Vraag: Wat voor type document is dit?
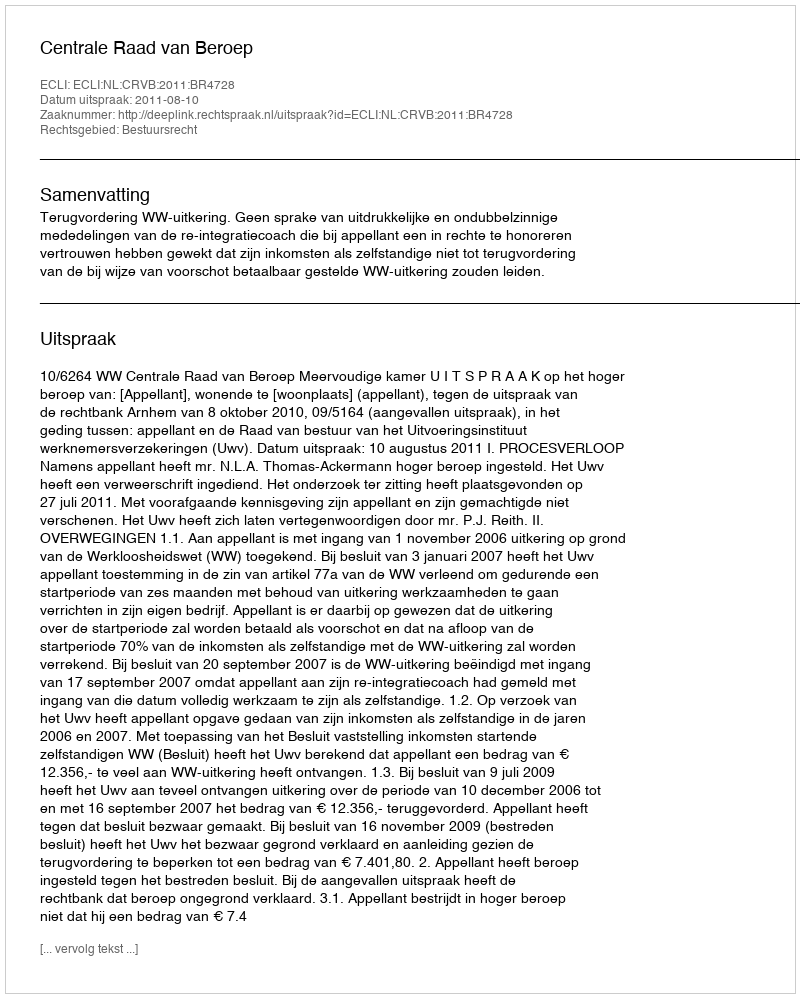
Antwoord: Uitspraak